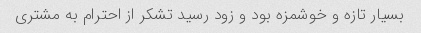
بسیار تازه و خوشمزه بود و زود رسید تشکر از احترام به مشتری